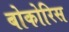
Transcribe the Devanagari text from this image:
बोकोरिस